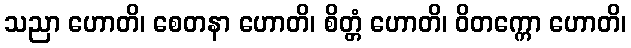
သညာ ဟောတိ၊ စေတနာ ဟောတိ၊ စိတ္တံ ဟောတိ၊ ဝိတက္ကော ဟောတိ၊